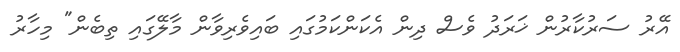
އޭރު ސަރުކާރުން ޚަރަދު ވެސް ދިން އެކަންކަމުގައި ބައިވެރިވާން މާލޭގައި ތިބެން" މިހާރު